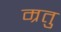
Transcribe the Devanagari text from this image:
म्रतु